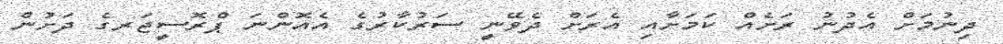
ދިނުމަށް އެދުނު ރަށެއް ކަމަށާއި އެރަށް ދެވޭނީ ސަރުކާރުގެ އެއޮންނަ ޕްރޮސީޖަރގެ ދަށުން